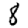
Digit: 8